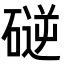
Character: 磀